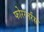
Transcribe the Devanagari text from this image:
फोररनर्रस